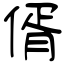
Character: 偦